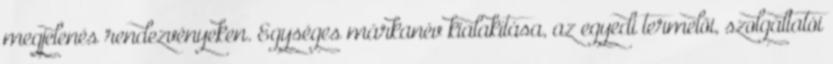
megjelenés rendezvényeken. Egységes márkanév kialakítása, az egyedi termelői, szolgáltatói